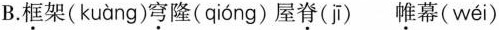
B.框架( kuàng )穹隆( qióng )屋脊( jī )帷幕( wéi )